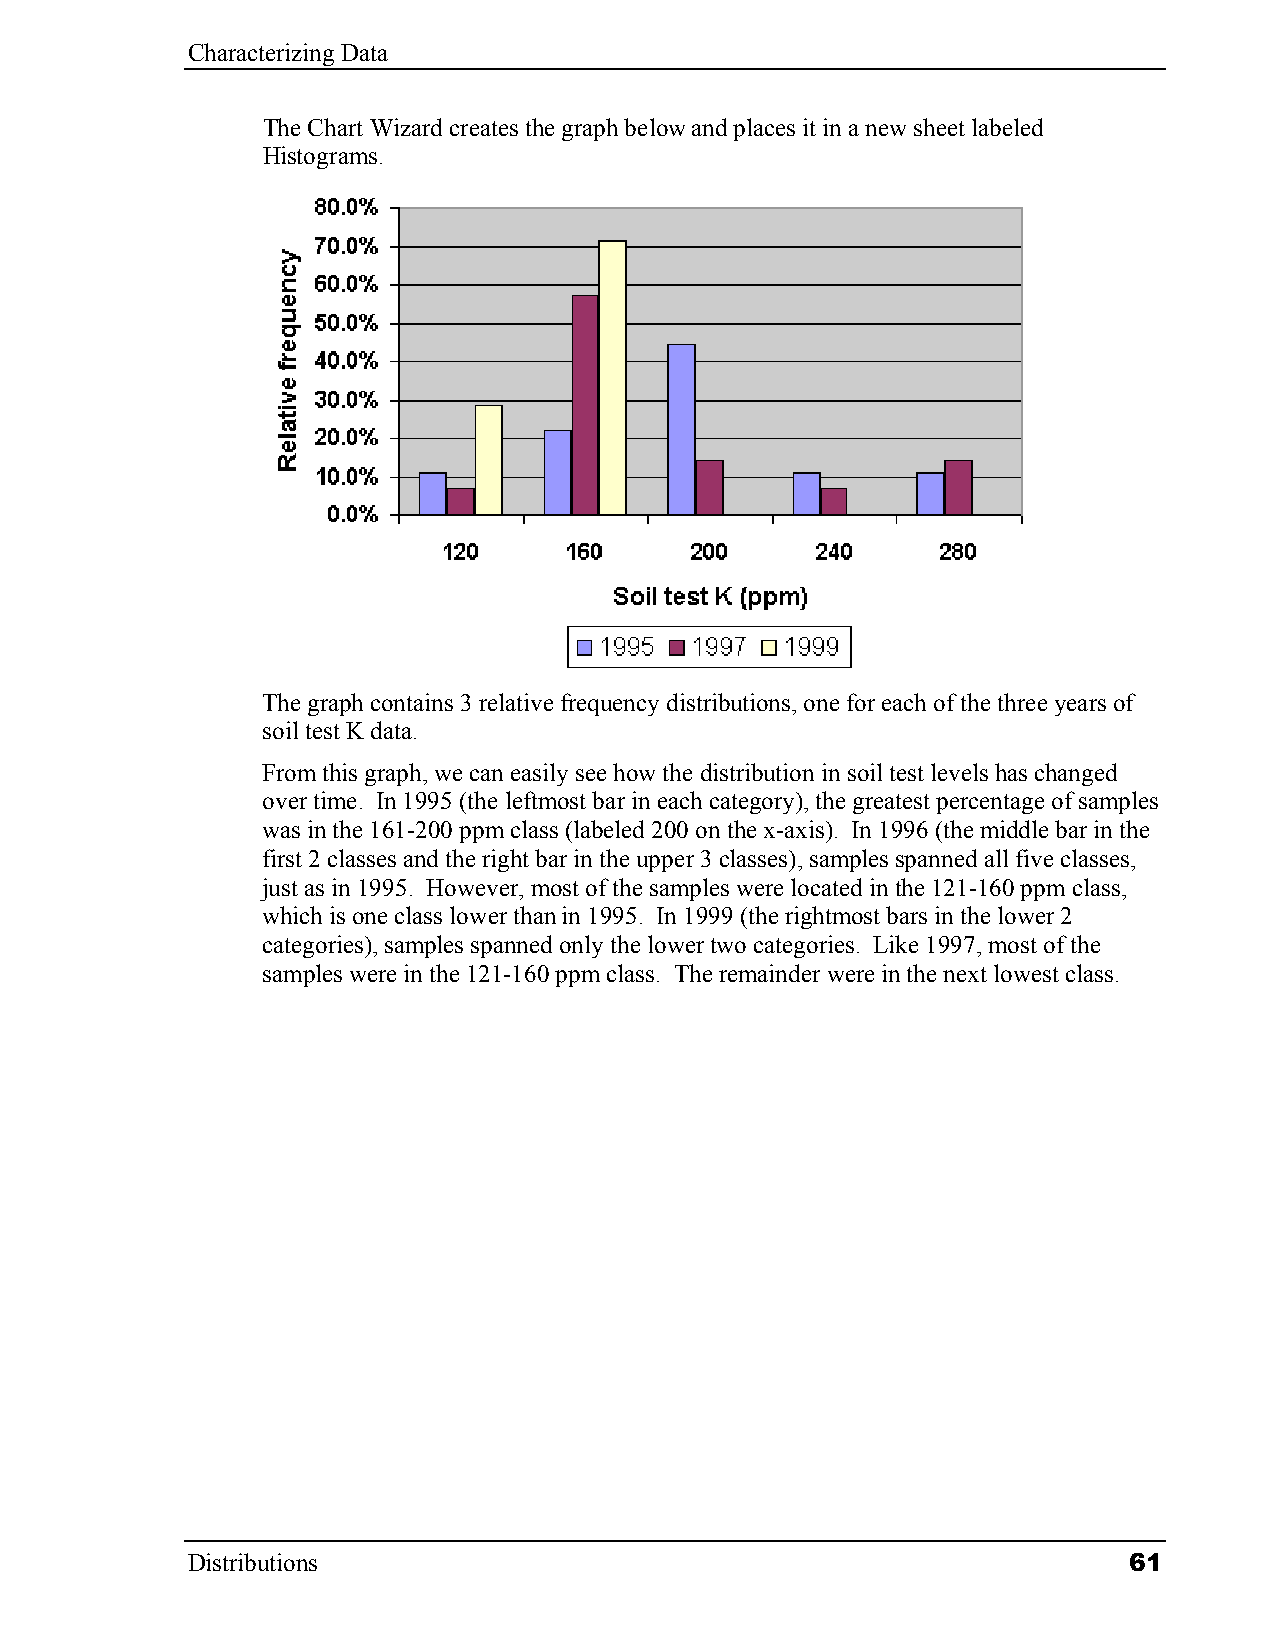
Characterizing Data
 The Chart Wizard creates the graph below and places it in a new sheet labeled
 Histograms.
 The graph contains 3 relative frequency distributions, one for each of the three years of
 soil test K data.
 From this graph, we can easily see how the distribution in soil test levels has changed
 over time. In 1995 (the leftmost bar in each category), the greatest percentage of samples
 was in the 161-200 ppm class (labeled 200 on the x-axis). In 1996 (the middle bar in the
 first 2 classes and the right bar in the upper 3 classes), samples spanned all five classes,
 just as in 1995. However, most of the samples were located in the 121-160 ppm class,
 which is one class lower than in 1995. In 1999 (the rightmost bars in the lower 2
 categories), samples spanned only the lower two categories. Like 1997, most of the
 samples were in the 121-160 ppm class. The remainder were in the next lowest class.
 Distributions                                                  61